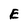
Character: E